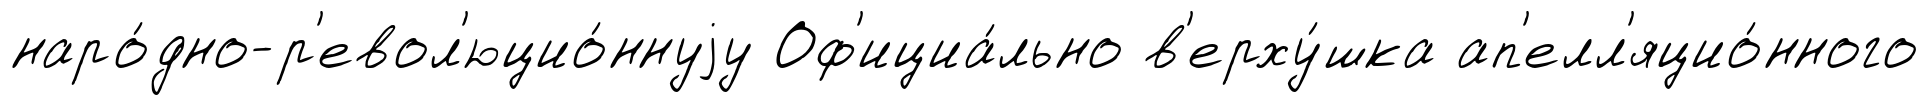
наро́дно-р'евол'юцио́ннуjу Оф'ициа́льно в'ерху́шка ап'елл'яцио́нного